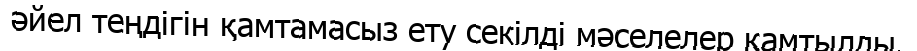
әйел теңдігін қамтамасыз ету секілді мәселелер қамтылды.